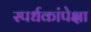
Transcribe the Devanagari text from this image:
स्पर्धकांपेक्षा